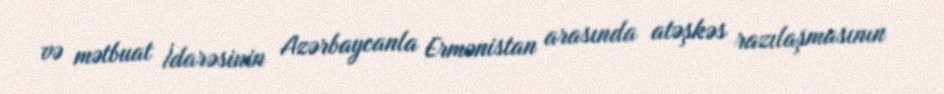
və mətbuat İdarəsinin Azərbaycanla Ermənistan arasında atəşkəs razılaşmasının